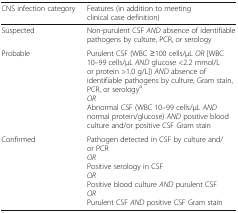
| CNS infection category | Features (in addition to meeting clinical case definition) |
 | --- | --- |
 | Suspected | Non-purulent CSF AND absence of identifiable pathogens by culture, PCR, or serology |
 | Probable | Purulent CSF (WBC ≥100 cells/μL OR [WBC 10–99 cells/μL AND glucose <2.2 mmol/L or protein >1.0 g/L]) AND absence of identifiable pathogens by culture, Gram stain, PCR, or serologyaORAbnormal CSF (WBC 10–99 cells/μL AND normal protein/glucose) AND positive blood culture and/or positive CSF Gram stain |
 | Confirmed | Pathogen detected in CSF by culture and/or PCRORPositive serology in CSFORPositive blood culture AND purulent CSFORPurulent CSF AND positive CSF Gram stain |